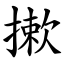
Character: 摗